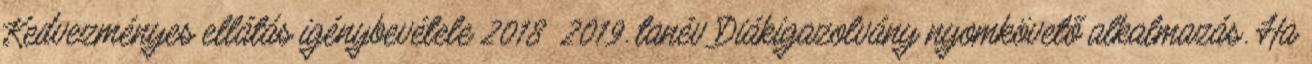
Kedvezményes ellátás igénybevétele 2018 2019. tanév Diákigazolvány nyomkövető alkalmazás. Ha